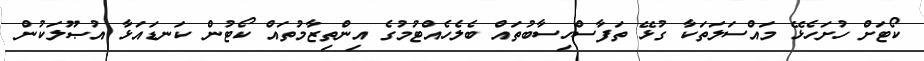
ކޯޓަށް ހުށަހެޅޭ މައްސަލަތަކާ ގުޅޭ ތަފާސްހިސާބުތައް ބެލެހެއްޓުމުގެ އިންތިޒާމުތައް ކޯޓުން ކަނޑައަޅާ އުޞޫލަކުން